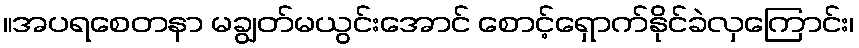
။အပရစေတနာ မချွတ်မယွင်းအောင် စောင့်ရှောက်နိုင်ခဲလှကြောင်း၊